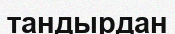
тандырдан